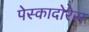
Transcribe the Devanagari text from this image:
पेस्कादोरेस